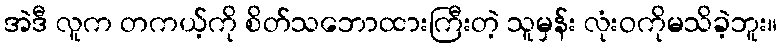
အဲဒီ လူက တကယ့်ကို စိတ်သဘောထားကြီးတဲ့ သူမှန်း လုံးဝကိုမသိခဲ့ဘူး။